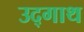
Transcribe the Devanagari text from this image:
उद्गाथ